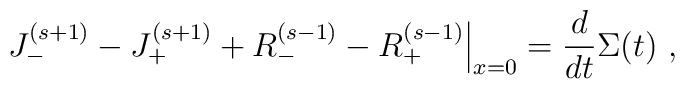
\left. J_{-}^{(s+1)} -J_{+}^{(s+1)} +R_{-}^{(s-1)} -R_{+}^{(s-1)} \right|_{x=0} = \frac{d}{dt}\Sigma(t)\ , \